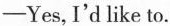
—Yes,I'd like to.